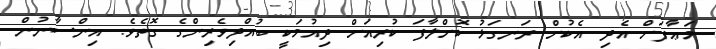
މަޢާފަށް އެދި އެކުށް ރަނގަޅު ކޮށްލާފަ ކުރިއަށް ދިއުމަކީ ބުއްދިވެރިންގެ ގޮތެވެ. އިންސާނުން